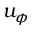
u _ { \phi }